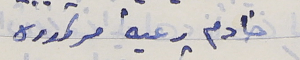
خادم رعية مرتموره